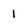
Character: l